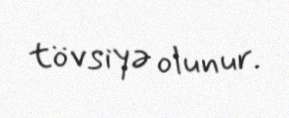
tövsiyə olunur.